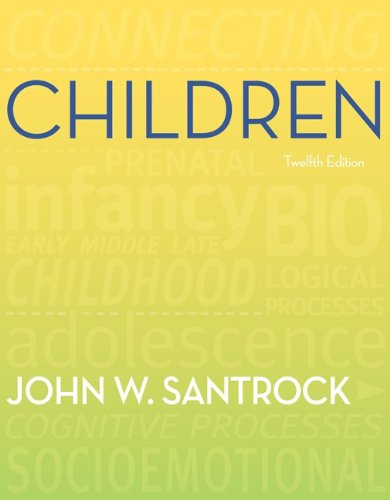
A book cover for Children; John Santrock; Politics & Social Sciences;